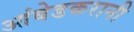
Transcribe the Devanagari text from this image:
आंबेडकरानी